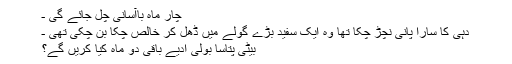
چار ماہ باآسانی چل جائے گی ـ
دہی کا سارا پانی نچڑ چکا تھا وہ ایک سفید بڑے گولے میں ڈھل کر خالص چکّا بن چکی تھی ـ
بیٹی پتاسا بولی ادیے باقی دو ماہ کیا کریں گے؟